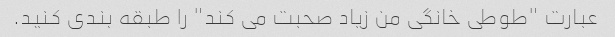
عبارت "طوطی خانگی من زیاد صحبت می کند" را طبقه بندی کنید.